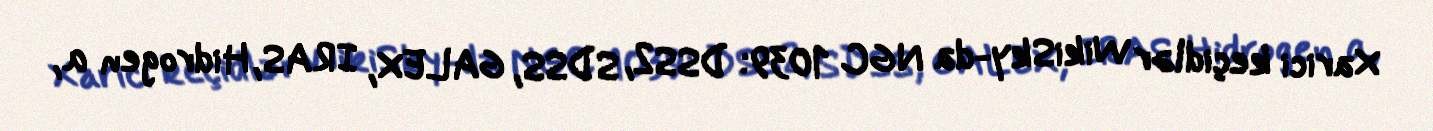
Xarici keçidlər WikiSky-da NGC 1039: DSS2, SDSS, GALEX, IRAS, Hidrogen α,